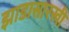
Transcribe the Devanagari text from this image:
झाडासारखी